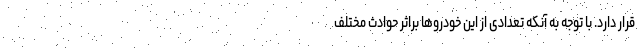
قرار دارد. با توجه به آنکه تعدادی از این خودروها براثر حوادث مختلف